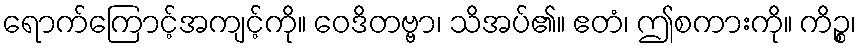
ရောက်ကြောင့်အကျင့်ကို။ ဝေဒိတဗ္ဗာ၊ သိအပ်၏။ ဧတံ၊ ဤစကားကို။ ကိဉ္စ၊